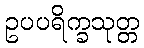
ဥပပရိက္ခသုတ္တ